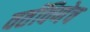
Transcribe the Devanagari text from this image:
वर्तविणेच